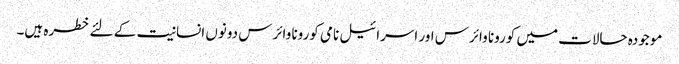
موجودہ حالات میں کورونا وائرس اور اسرائیل نامی کورونا وائرس دونوں انسانیت کے لئے خطرہ ہیں۔